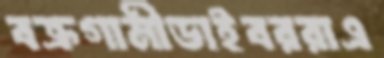
বক্রগামীডাইবররাএ